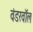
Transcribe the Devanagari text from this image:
वंडरवॉल